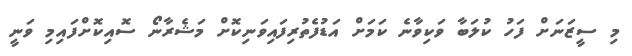
މި ސީޒަނަށް ފަހު ކުލަބާ ވަކިވާނެ ކަމަށް އަޑުފެތުރިފައިވަނިކޮށް މަޝެރާނޯ ސޮއިކޮށްފައިމި ވަނީ